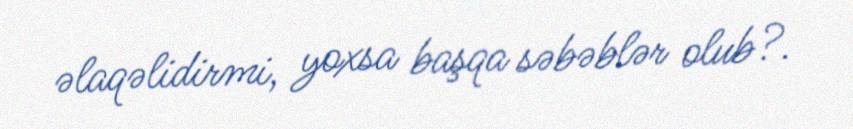
əlaqəlidirmi, yoxsa başqa səbəblər olub?.